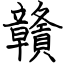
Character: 贛